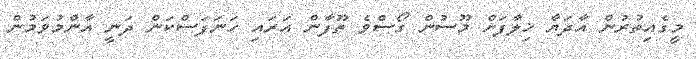
މީގެއިތުރުން އާދަޔާ ޚިލާފަށް މޫސުން ގޯސްވެ ތޫފާން އަރައި ހަނަފަސްކަން ދަނީ އާންމުވަމުން